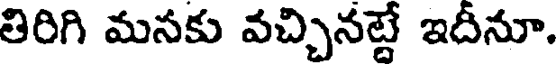
తిరిగి మనకు వచ్చినట్టే ఇదీనూ.